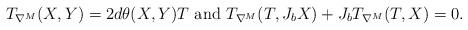
LaTeX: \begin{gather*}T_{\nabla^M} (X, Y)= 2 d \theta (X, Y) T \mbox{ and }T_{\nabla^M} (T, J_b X) + J_b T_{\nabla^M} (T, X) =0.\end{gather*}